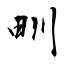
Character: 甽